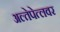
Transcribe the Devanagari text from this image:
अल्तेपेत्लवर